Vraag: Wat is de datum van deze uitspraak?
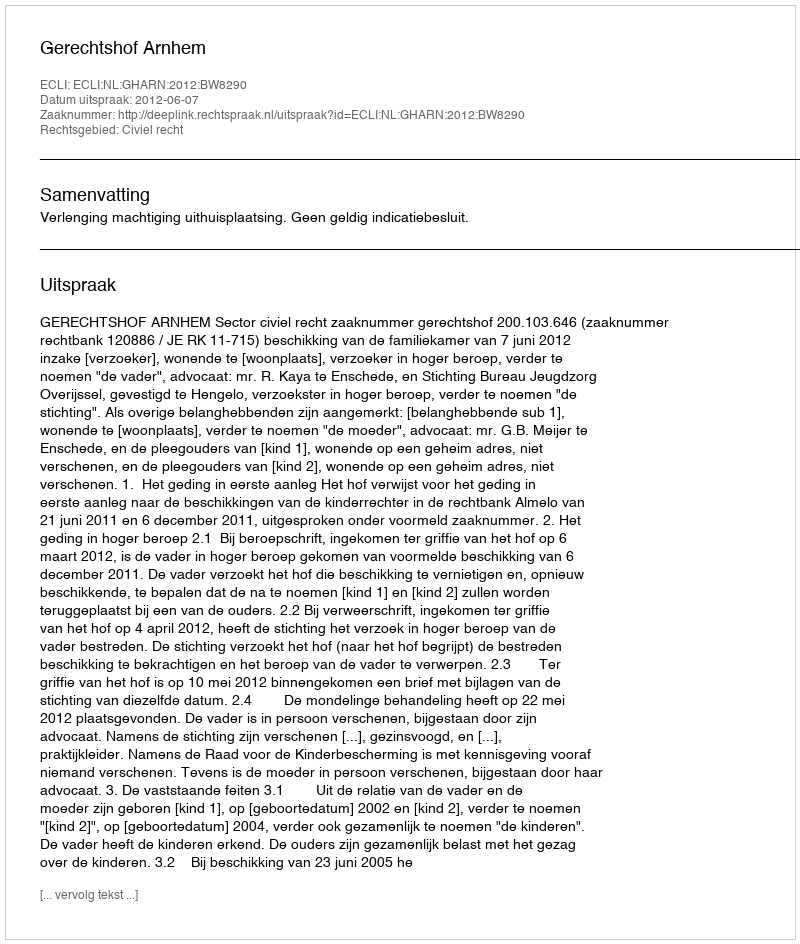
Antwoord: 2012-06-07